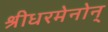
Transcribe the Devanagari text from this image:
श्रीधरमेनोन्